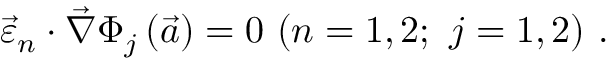
\vec { \varepsilon } _ { n } \cdot \vec { \nabla } \Phi _ { j } \left( \vec { a } \right) = 0 ~ ( n = 1 , 2 ; ~ j = 1 , 2 ) \ .